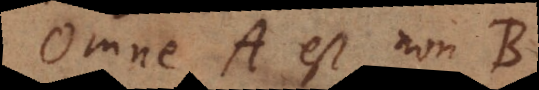
Omne A est non-B